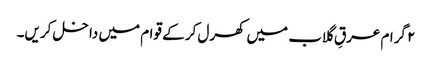
۲ گرام عرقِ گلاب میں کھرل کر کے قوام میں داخل کریں۔